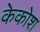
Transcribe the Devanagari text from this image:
केकोश